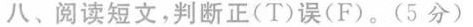
八、阅读短文,判断正(T)误(F).(5 分)